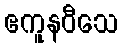
ဧကူနဝီသေ